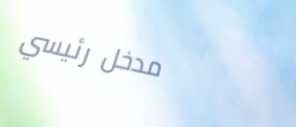
مدخل رئيسي